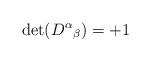
LaTeX: \begin{align*}\det(D^\alpha{}_\beta)=+1\end{align*}